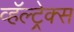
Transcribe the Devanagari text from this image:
व्हॅल्ट्रेक्स